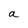
Character: a